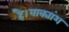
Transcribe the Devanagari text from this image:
है।वाक्यांश